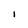
Character: I